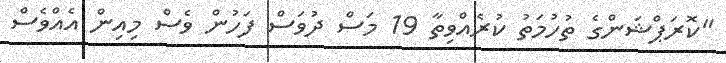
"ކޮރަޕްޝަންގެ ތުހުމަތު ކުރެއްވިތާ 19 މަސް ދުވަސް ފަހުން ވެސް މިއިން އެއްވެސް